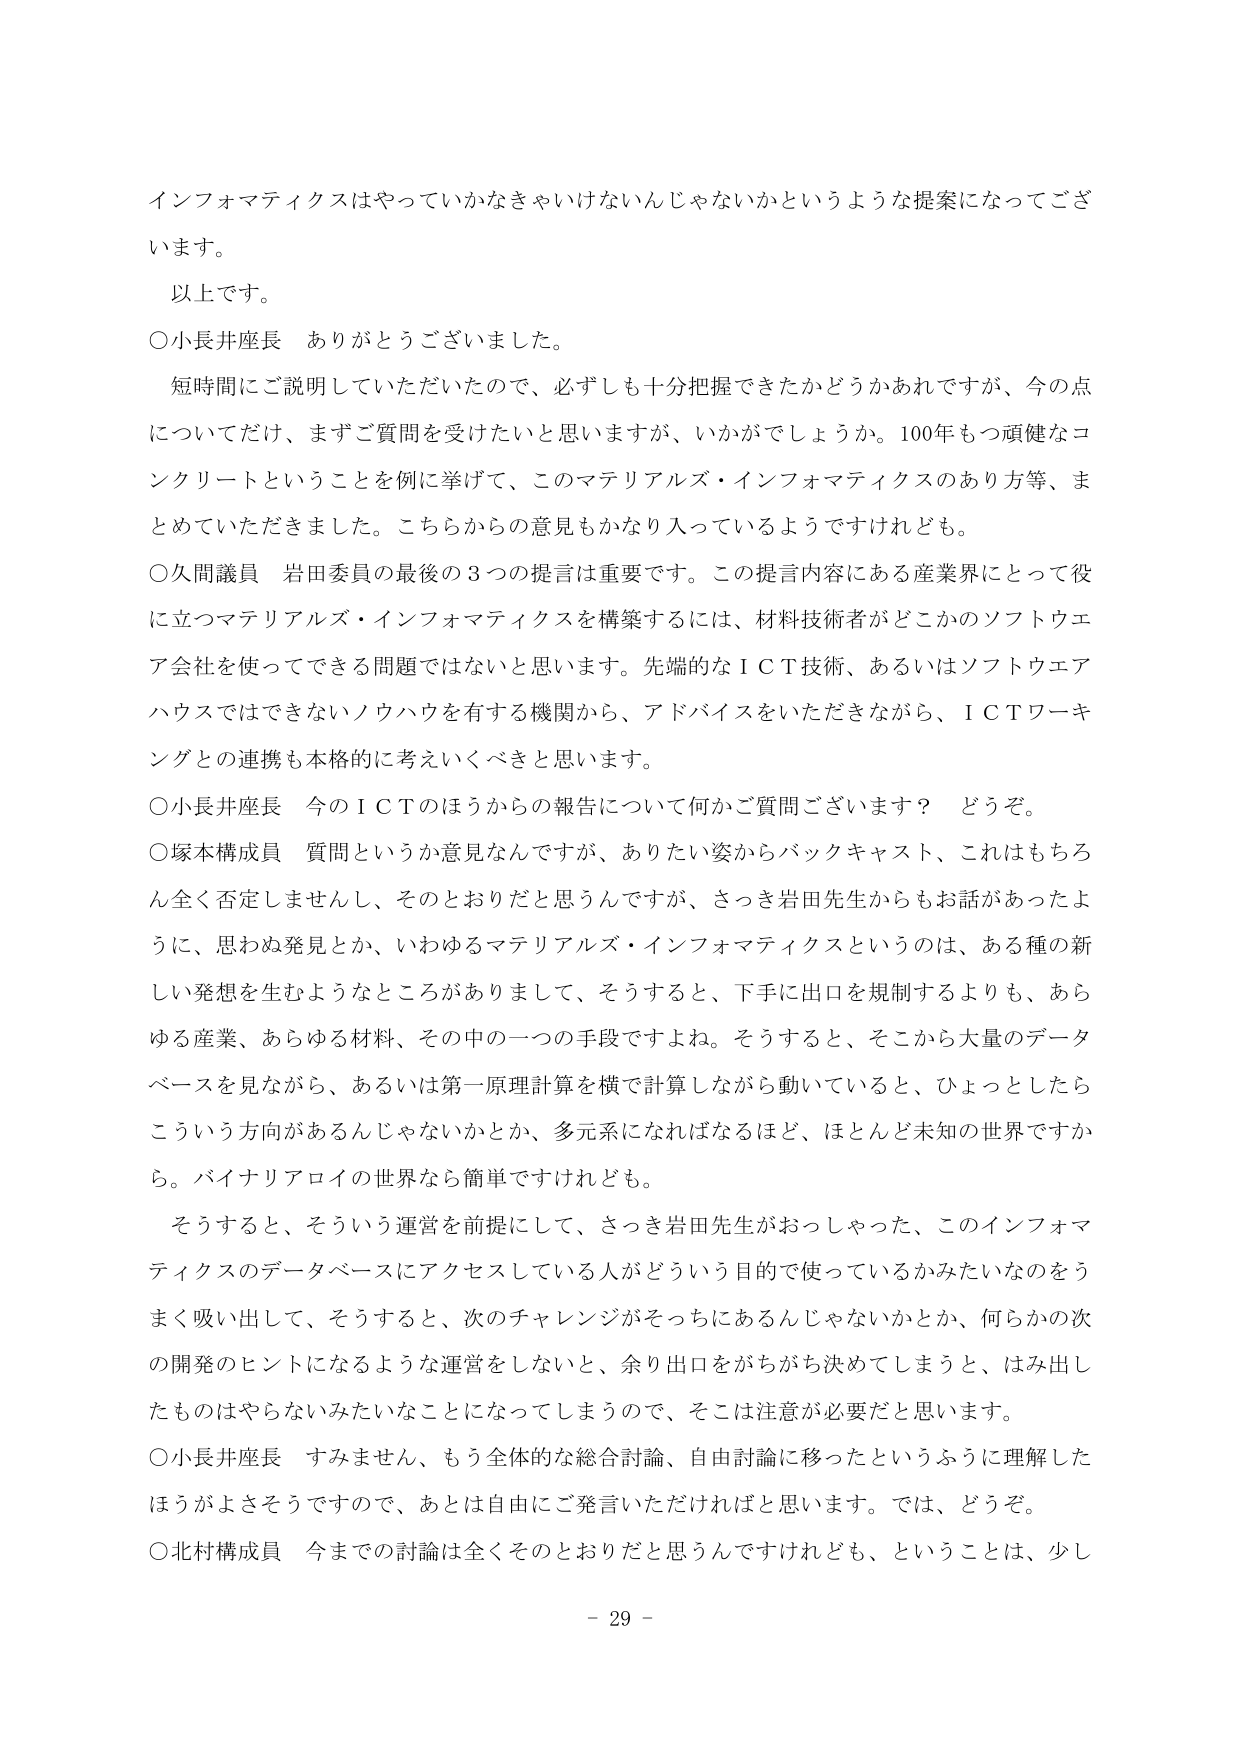
インフォマティクスはやっていかなきゃいけないんじゃないかというような提案になってございます。

以上です。

○小長井座長　ありがとうございました。

　短時間にご説明していただいたので、必ずしも十分把握できたかどうかあれですが、今の点についてだけ、まずご質問を受けたいと思いますが、いかがでしょうか。100年もつ頑健なコンクリートということを例に挙げて、このマテリアルズ・インフォマティクスのあり方等、まとめていただきました。こちらからの意見もかなり入っているようですけれども。

○久間議員　岩田委員の最後の3つの提言は重要です。この提言内容にある産業界にとって役に立つマテリアルズ・インフォマティクスを構築するには、材料技術者がどこかのソフトウェア会社を使ってできる問題ではないと思います。先端的なＩＣＴ技術、あるいはソフトウェアハウスではできないノウハウを有する機関から、アドバイスをいただきながら、ＩＣＴワーキングとの連携も本格的に考えていくべきと思います。

○小長井座長　今のＩＣＴのほうからの報告について何かご質問ございます？　どうぞ。

○塚本構成員　質問というか意見なんですが、ありたい姿からバックキャスト、これはもちろん全く否定しませんし、そのとおりだと思うんですが、さっき岩田先生からもお話があったように、思わぬ発見とか、いわゆるマテリアルズ・インフォマティクスというのは、ある種の新しい発想を生むようなところがありまして、そうすると、下手に出口を規制するよりも、あらゆる産業、あらゆる材料、その中の一つの手段ですよね。そうすると、そこから大量のデータベースを見ながら、あるいは第一原理計算を横で計算しながら動いていると、ひょっとしたらこういう方向があるんじゃないかとか、多元系になればなるほど、ほとんど未知の世界ですかね。バイナリアロイの世界なら簡単ですけれども。

　そうすると、そういう運営を前提にして、さっき岩田先生がおっしゃった、このインフォマティクスのデータベースにアクセスしている人がどういう目的で使っているかみたいなものをうまく吸い出して、そうすると、次のチャレンジがそっちにあるんじゃないかとか、何らかの次の開発のヒントになるような運営をしないと、余り出口をがちがち決めてしまうと、はみ出したものはやらないみたいなことになってしまうので、そこは注意が必要だと思います。

○小長井座長　すみません、もう全体的な総合討論、自由討論に移ったというふうに理解したほうがよさそうですので、あとは自由にご発言いただければと思います。では、どうぞ。

○北村構成員　今までの討論は全くそのとおりだと思うんですけれども、ということは、少し

－ 29 －